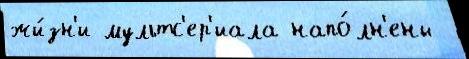
жи́зн'и мультс'ер'иала напо́лн'ены